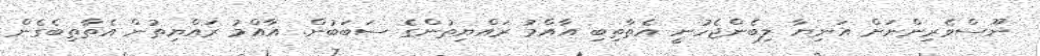
ނޫސްވެރިންނަށް އަނިޔާ ލިބެންޖެހުނީ އެތާތިބި އާއްމު ރައްޔިތުންގެ ސަބަބުން. އާއްމު ރައްޔިތުން އެތާތިބެގެން